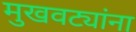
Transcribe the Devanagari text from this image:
मुखवट्यांना